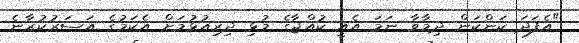
"އެފަދަ ކަންކަން ދިމާވާ ނަމަ އެއީ ކުއްޖާގެ މުޅި ދިރިއުޅުމަށް އެކަމުގެ އަސަރުކުރާނެ